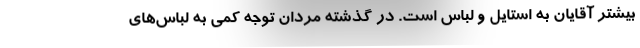
بیشتر آقایان به استایل و لباس است. در گذشته مردان توجه کمی به لباس‌های